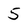
Character: 5